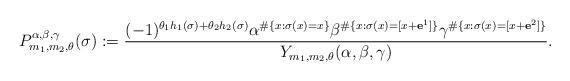
LaTeX: \begin{align*} P_{m_1,m_2,\theta}^{\alpha,\beta,\gamma}(\sigma) := \frac{ (-1)^{\theta_1 h_1(\sigma) + \theta_2 h_2(\sigma)} \alpha^{ \# \{ x : \sigma(x) = x \} } \beta^{ \# \{ x : \sigma(x) = [x + \mathbf{e}^1] \} } \gamma^{ \# \{ x : \sigma(x) = [x + \mathbf{e}^2] \} } }{ Y_{m_1,m_2,\theta}(\alpha,\beta,\gamma) }.\end{align*}